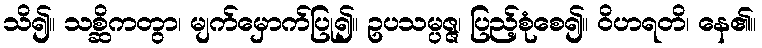
သိ၍။ သစ္ဆိကတွာ၊ မျက်မှောက်ပြု၍။ ဥပသမ္ပဇ္ဇ၊ ပြည့်စုံစေ၍။ ဝိဟရတိ၊ နေ၏။